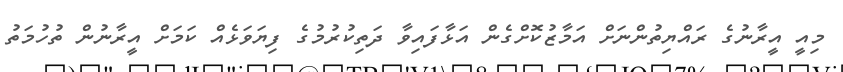
މިއީ އީރާނުގެ ރައްޔިތުންނަށް އަމާޒުކޮށްގެން އަޅާފައިވާ ދަތިކުރުމުގެ ފިޔަވަޅެއް ކަމަށް އީރާނުން ތުހުމަތު